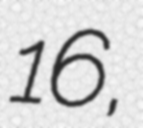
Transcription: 16,